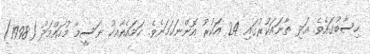
ހިސާބުގައެވެ. އަދި ތާނައަކުރުގައި 24 އަކުރު އޮންނަކަމަށެވެ. ހަމައެއާއކު ނަސީމާ މުހައްމަދު (1998)